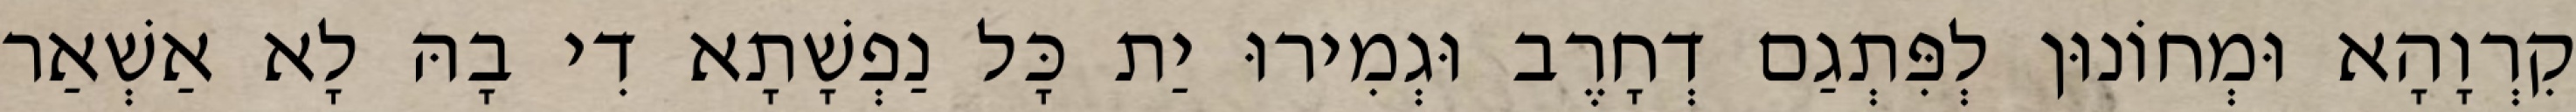
קִרְוָהָא וּמְחוֹנוּן לְפִּתְגַם דְחָרֶב וּגְמִירוּ יַת כָּל נַפְשָׁתָא דִי בָהּ לָא אַשְׁאַר